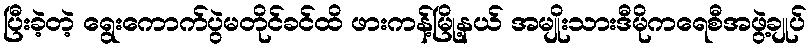
ပြီးခဲ့တဲ့ ရွေးကောက်ပွဲမတိုင်ခင်ထိ ဖားကန့်မြို့နယ် အမျိုးသားဒီမိုကရေစီအဖွဲ့ချုပ်